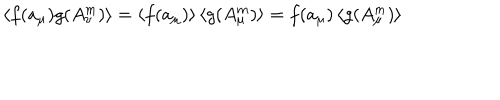
\left\langle f ( a _ { \mu } ) g ( A _ { \nu } ^ { m } ) \right\rangle = \left\langle f ( a _ { \mu } ) \right\rangle \left\langle g ( A _ { \mu } ^ { m } ) \right\rangle = f ( a _ { \mu } ) \left\langle g ( A _ { \mu } ^ { m } ) \right\rangle